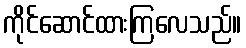
ကိုင်ဆောင်ထားကြလေသည်။